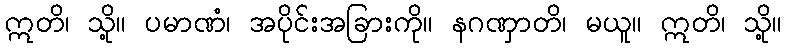
ဣတိ၊ သို့။ ပမာဏံ၊ အပိုင်းအခြားကို။ နဂဏှာတိ၊ မယူ။ ဣတိ၊ သို့။